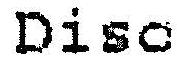
DISC